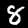
Label: 8